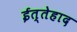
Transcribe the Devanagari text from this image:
ईत्तेहाद